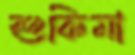
শুকিমা